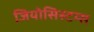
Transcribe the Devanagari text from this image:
जियोसिस्टम्स